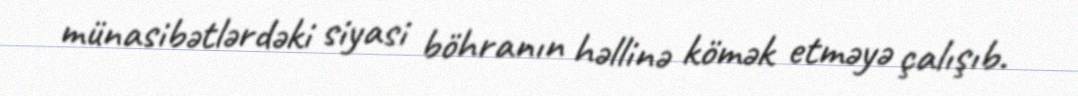
münasibətlərdəki siyasi böhranın həllinə kömək etməyə çalışıb.